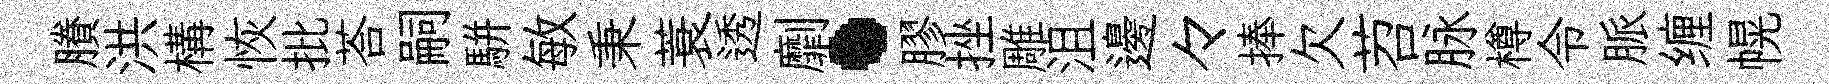
賸洪構恢批荅嗣駢敏秉蓑透劘·膠挫雕沮邊々捧欠苕脉樽令脈缠幌